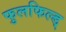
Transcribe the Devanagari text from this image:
फुलफिल्ड्